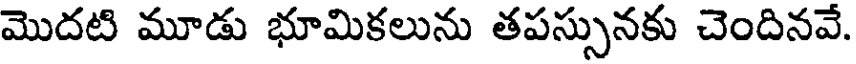
మొదటి మూడు భూమికలును తపస్సునకు చెందినవే.